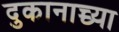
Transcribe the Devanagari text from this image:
दुकानाच्च्या